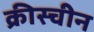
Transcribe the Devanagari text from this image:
क्रीस्चीन